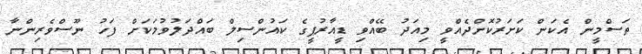
ތަސްމީން އެކަން ކަށަރުކޮށްދެއްވީ މިއަދު ބޭއްވި ޑީއާރުޕީގެ ކައުންސިލް ބައްދަލުވުމަކަށް ފަހު ނޫސްވެރިންނާ